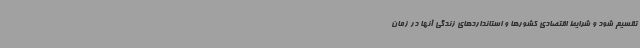
تقسیم شود و شرایط اقتصادی کشورها و استانداردهای زندگی آنها در زمان